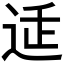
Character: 𲅕